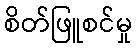
စိတ်ဖြူစင်မှု